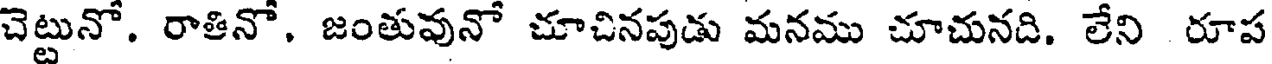
చెట్టునో. రాతినో. జంతువునో చూచినపుడు మనము చూచునది. లేని రూప